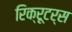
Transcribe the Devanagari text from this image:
रिक्रूटर्स